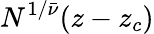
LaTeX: N^{1/{\bar{\nu}}}(z-z_{c})